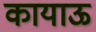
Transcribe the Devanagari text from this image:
कायाऊ